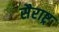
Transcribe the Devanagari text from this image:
सैराष्ट्र